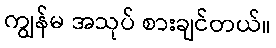
ကျွန်မ အသုပ် စားချင်တယ်။